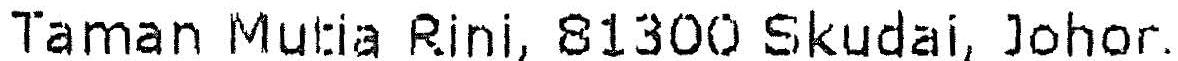
TAMAN MUTIA RINI, 81300 SKUDAI, JOHOR.